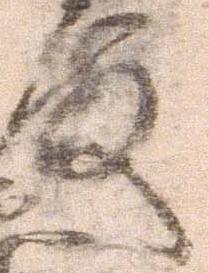
殿